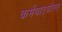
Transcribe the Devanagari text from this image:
कर्मचाऱ्यांसह